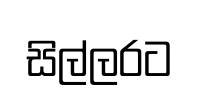
සිල්ලරට